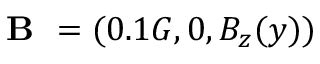
\textbf { B } = ( 0 . 1 G , 0 , B _ { z } ( y ) )